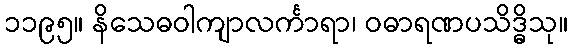
၁၁၉၅။ နိသေဓဝါကျာလင်္ကာရာ၊ ဝဓာရဏပသိဒ္ဓိသု။